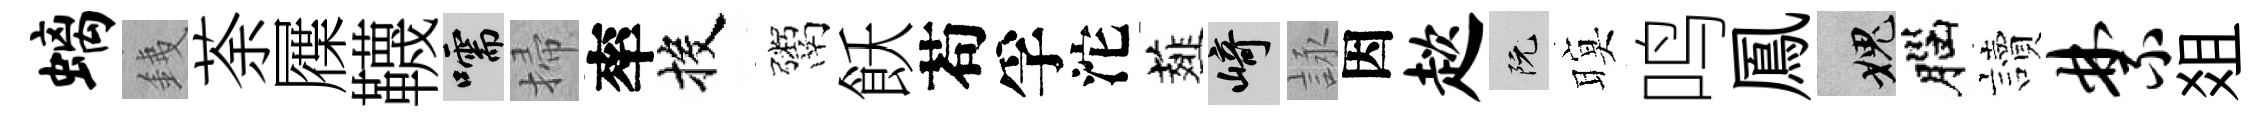
螭銕荼屧韈嚅掃率投鬻飫苟孚沱薤崎詠因趑阮暝鸣鳳愧腦讀禁爼